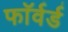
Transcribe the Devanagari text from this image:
फाॅर्वर्ड